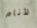
لأنام